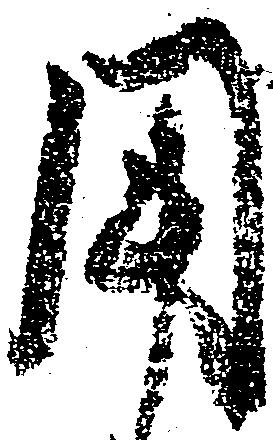
用